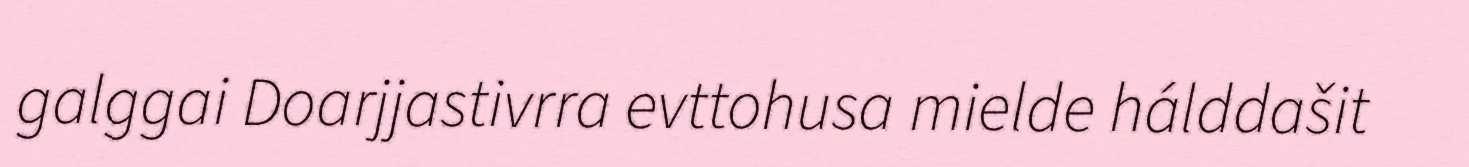
galggai Doarjjastivrra evttohusa mielde hálddašit